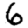
Digit: 6